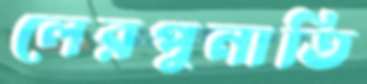
লেরপুনাতি